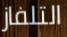
التلفاز